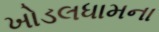
ખોડલધામના